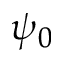
\psi _ { 0 }